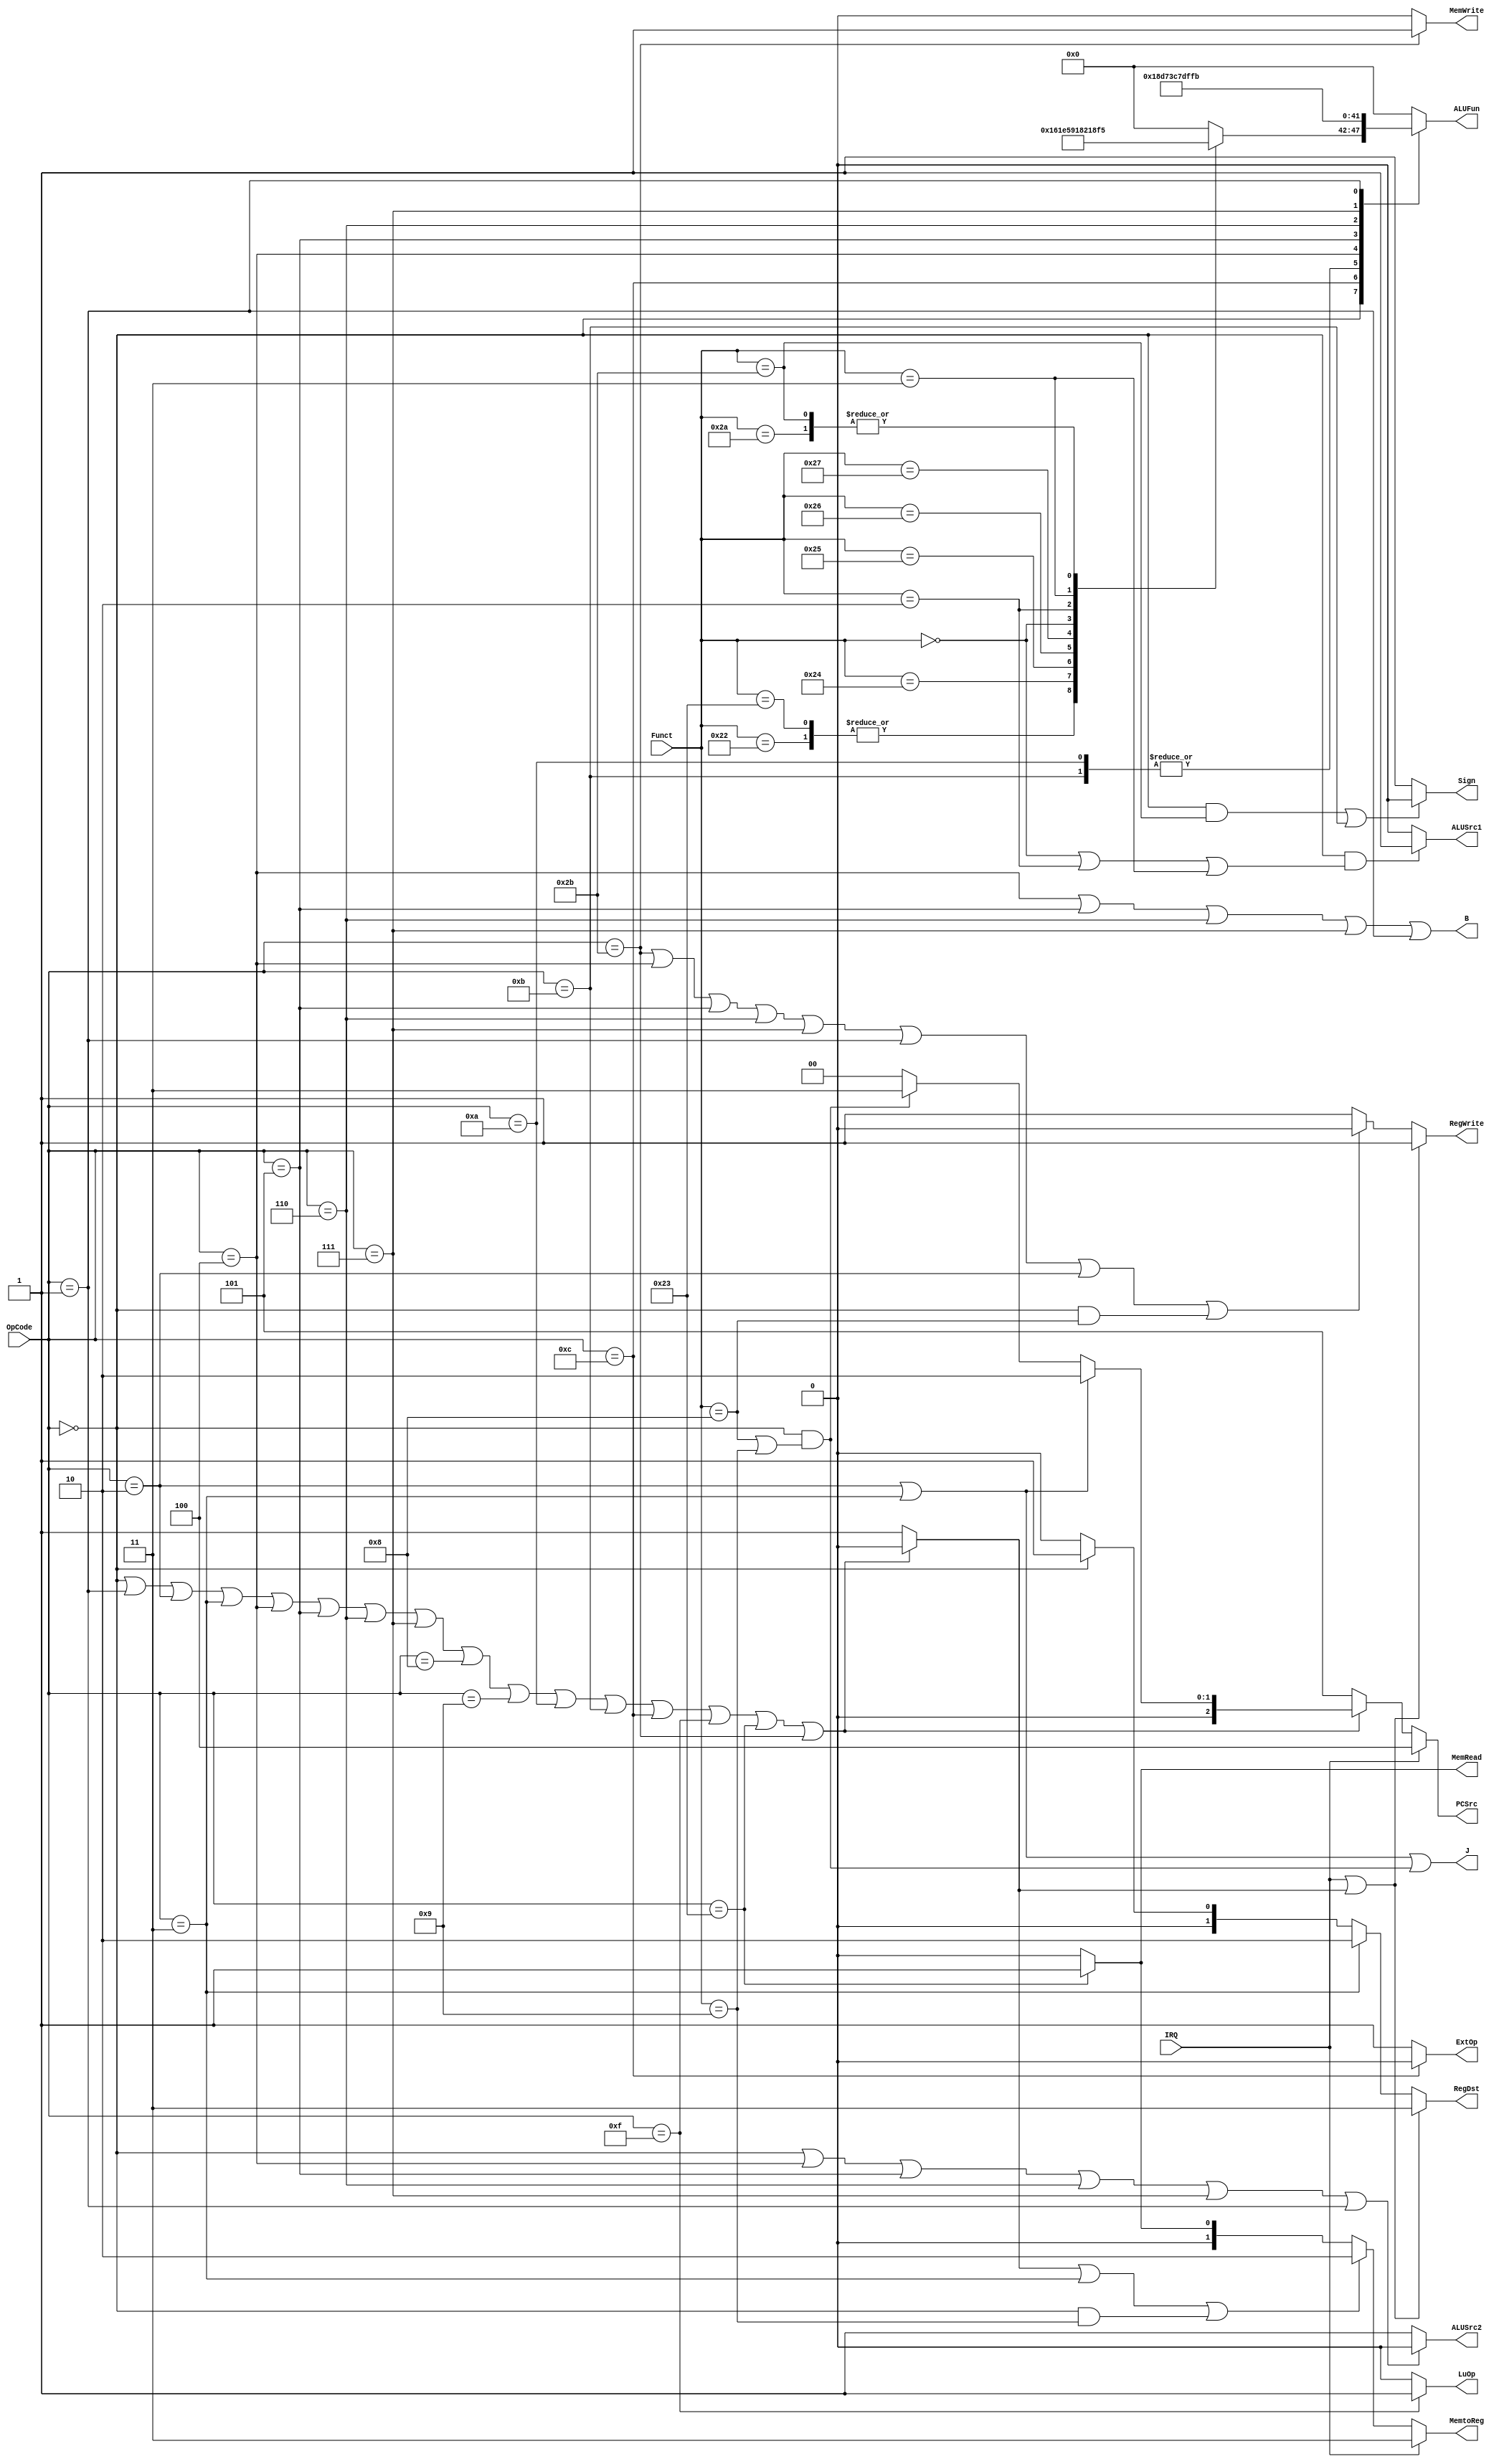
// Control.v
// case based
module Control(OpCode, Funct, IRQ,
    PCSrc, Sign, RegWrite, RegDst, 
    MemRead, MemWrite, MemtoReg, 
    ALUSrc1, ALUSrc2, ExtOp, LuOp, B, J, ALUFun);
    input [5:0] OpCode;
    input [5:0] Funct;
    input IRQ; // external interruption

    output [2:0] PCSrc;
    output Sign;
    output RegWrite;
    output [1:0] RegDst;
    output MemRead;
    output MemWrite;
    output [1:0] MemtoReg;
    output ALUSrc1;
    output ALUSrc2;
    output ExtOp;
    output LuOp;
    output reg [5:0] ALUFun;
    output B;
    output J;

    wire exception;
    assign exception = 
        (OpCode == 6'h00 ||
         OpCode == 6'h01 ||
         OpCode == 6'h02 ||
         OpCode == 6'h03 ||
         OpCode == 6'h04 ||
         OpCode == 6'h05 ||
         OpCode == 6'h06 ||
         OpCode == 6'h07 ||
         OpCode == 6'h08 ||
         OpCode == 6'h09 ||
         OpCode == 6'h0a ||
         OpCode == 6'h0b ||
         OpCode == 6'h0c ||
         OpCode == 6'h0f ||
         OpCode == 6'h23 ||
         OpCode == 6'h2b) ? 1'b0 : 1'b1;

    assign PCSrc[2:0] =
        IRQ? 3'b100 :
        exception? 3'b101 :
        (OpCode == 6'h02 || // j
         OpCode == 6'h03)? 3'b010: // jal
        (OpCode == 6'h00 && (Funct == 6'h08 || // jr
                             Funct == 6'h09))? 3'b011: // jalr
        3'b000;

    assign B = 
        (OpCode == 6'h04 || // beq
         OpCode == 6'h05 || // bne
         OpCode == 6'h06 || // blez
         OpCode == 6'h07 || // bgtz
         OpCode == 6'h01);

    assign J = 
        (OpCode == 6'h02 || // j
         OpCode == 6'h03 || // jal
        (OpCode == 6'h00 && (Funct == 6'h08 || // jr
                             Funct == 6'h09))); // jalr

    assign Sign = 
    	((OpCode == 6'h00 && Funct == 6'h2b) || // sltu
    	 OpCode == 6'h0b)? 1'b0: // sltiu
    	1'b1;

    assign RegWrite =
        (IRQ || exception)? 1'b1:
        (OpCode == 6'h2b || // sw
         OpCode == 6'h04 || // beq
         OpCode == 6'h05 || // bne
         OpCode == 6'h06 || // blez
         OpCode == 6'h07 || // bgtz
         OpCode == 6'h01 || // bltz
         OpCode == 6'h02 || // j
        (OpCode == 6'h00 && Funct == 6'h08))? 1'b0: // jr
        1'b1;

    assign RegDst[1:0] =
        (IRQ || exception)? 2'b11:
        (OpCode == 6'h03)? 2'b10: // jal
        (OpCode == 6'h00)? 2'b01: // R type, jr, jalr
        2'b00;

    assign MemRead =
        (OpCode == 6'h23)? 1'b1: // lw
        1'b0;

    assign MemWrite =
        (OpCode == 6'h2b)? 1'b1: // sw
        1'b0;

    assign MemtoReg =
        IRQ? 2'b11 :
        (exception ||
        OpCode == 6'h03 || // jal
        (OpCode == 6'h00 && Funct == 6'h09))? 2'b10: // jalr
        (OpCode == 6'h23)? 2'b01: // lw
        2'b00;

    assign ALUSrc1 = 
        (OpCode == 6'h00 && (Funct == 6'h00 || // sll
                             Funct == 6'h02 || // srl
                             Funct == 6'h03))? 1'b1: // sra
        1'b0;

    assign ALUSrc2 =
        (OpCode == 6'h00 || // R type, jr, jalr
         OpCode == 6'h04 || // beq
         OpCode == 6'h05 || // bne
         OpCode == 6'h06 || // blez
         OpCode == 6'h07 || // bgtz
         OpCode == 6'h01)? 1'b0: // bltz
        1'b1;

    assign ExtOp =
        (OpCode == 6'h0c)? 1'b0: // andi
        1'b1;

    assign LuOp =
        (OpCode == 6'h0f)? 1'b1: // lui
        1'b0;

    reg [5:0] ALUFunTmp;

    always@(*)
        case(Funct)
            6'h22: ALUFunTmp[5:0] <= 6'b000001; // sub
            6'h23: ALUFunTmp[5:0] <= 6'b000001; // subu
            6'h24: ALUFunTmp[5:0] <= 6'b011000; // and
            6'h25: ALUFunTmp[5:0] <= 6'b011110; // or
            6'h26: ALUFunTmp[5:0] <= 6'b010110; // xor
            6'h27: ALUFunTmp[5:0] <= 6'b010001; // nor
            6'h00: ALUFunTmp[5:0] <= 6'b100000; // sll
            6'h02: ALUFunTmp[5:0] <= 6'b100001; // srl
            6'h03: ALUFunTmp[5:0] <= 6'b100011; // sra
            6'h2a: ALUFunTmp[5:0] <= 6'b110101; // slt
            6'h2b: ALUFunTmp[5:0] <= 6'b110101; // sltu
            default: ALUFunTmp[5:0] <= 6'b000000;
        endcase

    always@(*)
        case(OpCode)
            6'h00: ALUFun[5:0] <= ALUFunTmp; // R type
            6'h0c: ALUFun[5:0] <= 6'b011000; // andi
            6'h0a: ALUFun[5:0] <= 6'b110101; // slti
            6'h0b: ALUFun[5:0] <= 6'b110101; // sltiu
            6'h04: ALUFun[5:0] <= 6'b110011; // beq
            6'h05: ALUFun[5:0] <= 6'b110001; // bne
            6'h06: ALUFun[5:0] <= 6'b111101; // blez
            6'h07: ALUFun[5:0] <= 6'b111111; // bgtz
            6'h01: ALUFun[5:0] <= 6'b111011; // bltz
            default: ALUFun[5:0] <= 6'b000000;
        endcase
        
endmodule